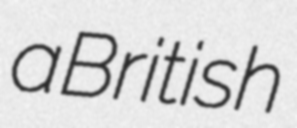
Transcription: a British